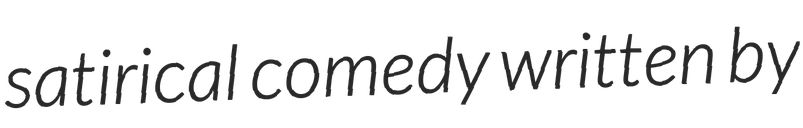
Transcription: satirical comedy written by